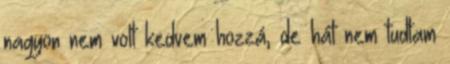
nagyon nem volt kedvem hozzá, de hát nem tudtam